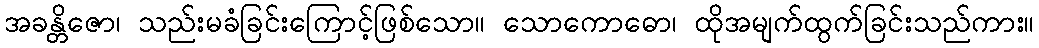
အခန္တိဇော၊ သည်းမခံခြင်းကြောင့်ဖြစ်သော။ သောကောဓော၊ ထိုအမျက်ထွက်ခြင်းသည်ကား။